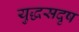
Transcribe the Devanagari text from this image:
युद्धसदृष